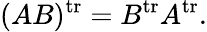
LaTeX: (AB)^{\operatorname{tr}}=B^{\operatorname{tr}}A^{\operatorname{tr}}.